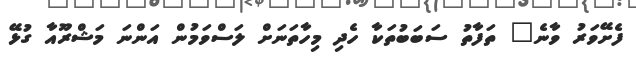
ފެށޭވަރު ވާނެ" ތަފާތު ސަބަބުތަކާ ހެދި މިހާތަނަށް ލަސްވަމުން އަންނަ މަޝްރޫއާ ގުޅޭ